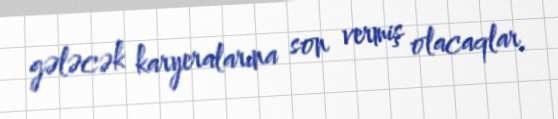
gələcək karyeralarına son vermiş olacaqlar.